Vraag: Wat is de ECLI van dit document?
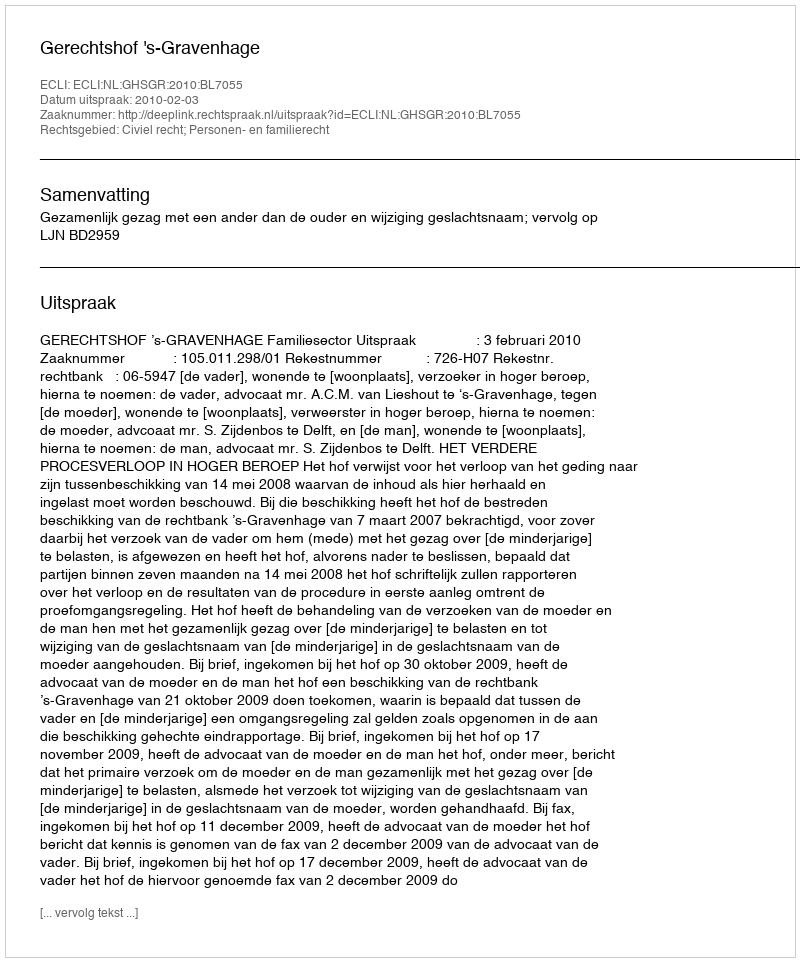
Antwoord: ECLI:NL:GHSGR:2010:BL7055